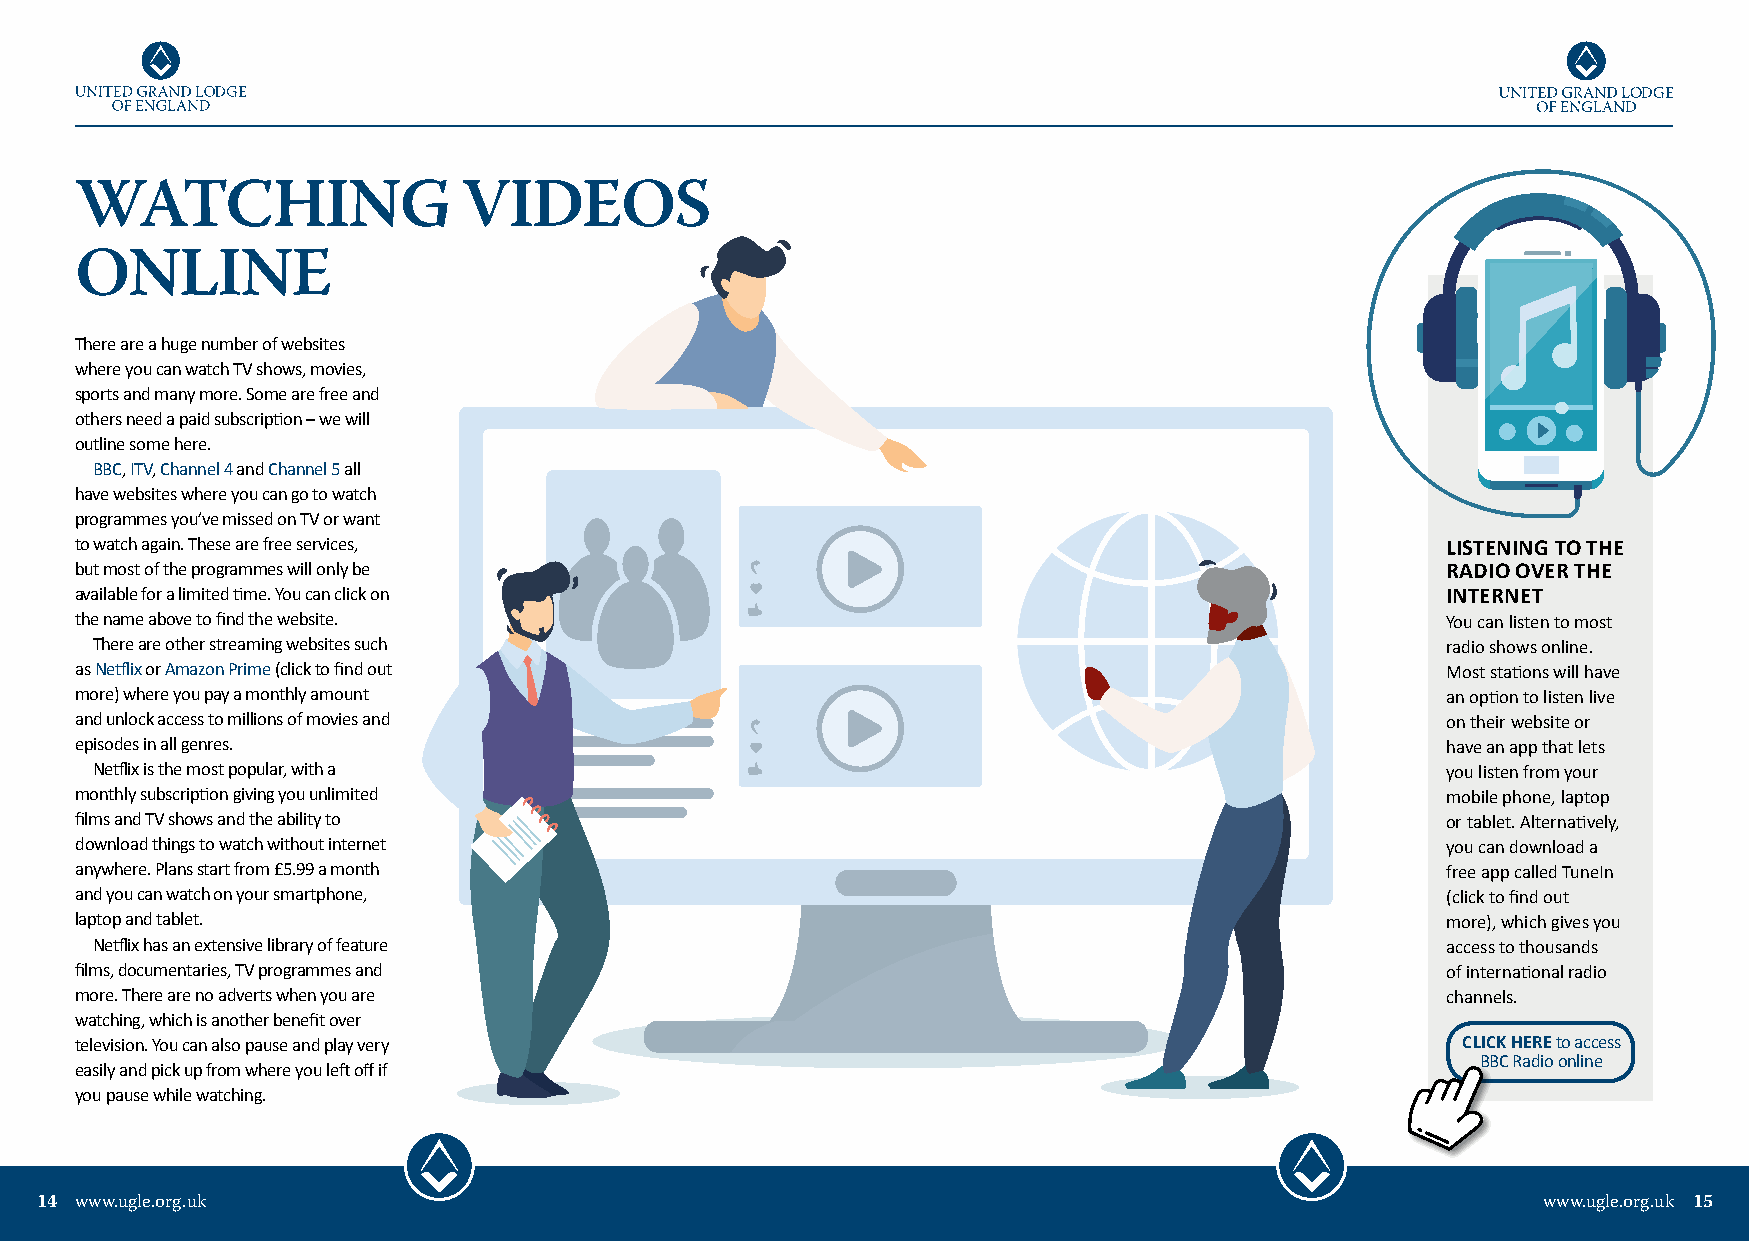
WATCHING                  VIDEOS
 ONLINE
 There are a huge number of websites
 where you can watch TV shows, movies,
 sports and many more. Some are free and
 others need a paid subscription – we will
 outline some here.
 BBC, ITV, Channel 4 and Channel 5 all
 have websites where you can go to watch
 programmes you’ve missed on TV or want
 to watch again. These are free services,                                                   LISTENING TO THE
 but most of the programmes will only be                                                    RADIO OVER THE
 available for a limited time. You can click on                                             INTERNET
 the name above to find the website.                                                        You can listen to most
 There are other streaming websites such                                                   radio shows online.
 as Netflix or Amazon Prime (click to find out                                              Most stations will have
 more) where you pay a monthly amount                                                       an option to listen live
 and unlock access to millions of movies and                                                on their website or
 episodes in all genres.                                                                    have an app that lets
 Netflix is the most popular, with a                                                       you listen from your
 monthly subscription giving you unlimited                                                  mobile phone, laptop
 films and TV shows and the ability to                                                      or tablet. Alternatively,
 download things to watch without internet                                                  you can download a
 anywhere. Plans start from £5.99 a month                                                   free app called TuneIn
 and you can watch on your smartphone,                                                      (click to find out
 laptop and tablet.                                                                         more), which gives you
 Netflix has an extensive library of feature                                               access to thousands
 films, documentaries, TV programmes and                                                    of international radio
 more. There are no adverts when you are                                                    channels.
 watching, which is another benefit over
 television. You can also pause and play very                                                CLICK HERE to access
 BBC Radio online
 easily and pick up from where you left off if
 you pause while watching.
 14 www.ugle.org.uk                                                                                  www.ugle.org.uk 15